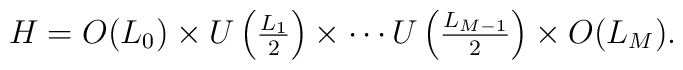
H=O(L_0)\times		U\left({\textstyle \frac{L_1}{2}}\right)\times\cdots			 U\left({\textstyle \frac{L_{M-1}}{2}}\right)\times O(L_M).